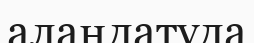
алаңдатуда